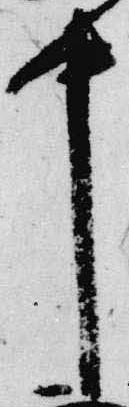
中